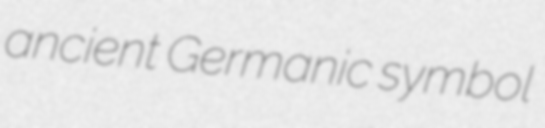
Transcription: ancient Germanic symbol